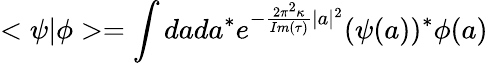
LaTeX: <\psi|\phi>=\int dada^{*}e^{-{\frac{2\pi^{2}\kappa}{Im(\tau)}}|a|^{2}}(\psi(a))^{*}\phi(a)